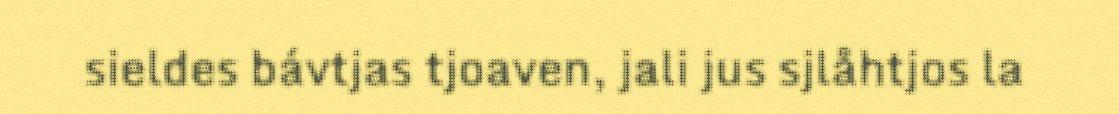
sieldes bávtjas tjoaven, jali jus sjlåhtjos la